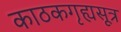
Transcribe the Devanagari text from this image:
काठकगृह्यसूत्र